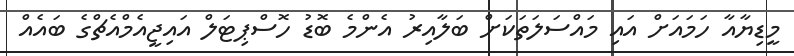
މީޑިޔާއާ ހަމައަށް އައި މައްސަލަތަކަށް ބަލާއިރު އެންމެ ބޮޑު ހޮސްޕިޓަލް އައިޖީއެމްއެޗްގެ ބައެއް